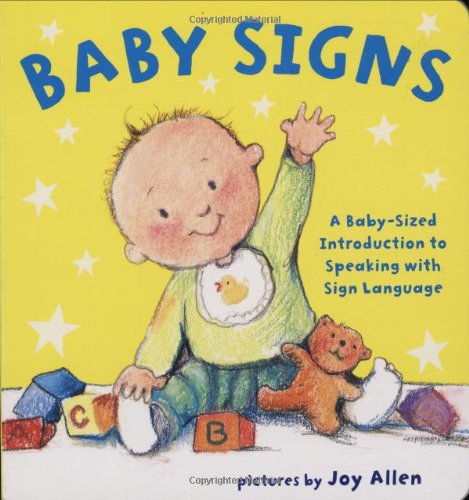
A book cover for Baby Signs; Joy Allen; Children's Books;